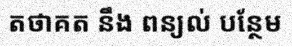
តថាគត នឹង ពន្យល់ បន្ថែម